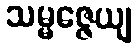
သမ္မဇ္ဇေယျ